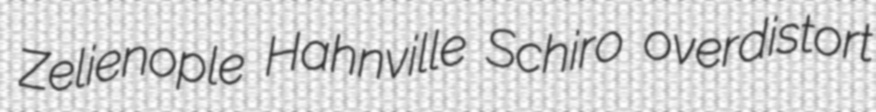
Zelienople Hahnville Schiro overdistort